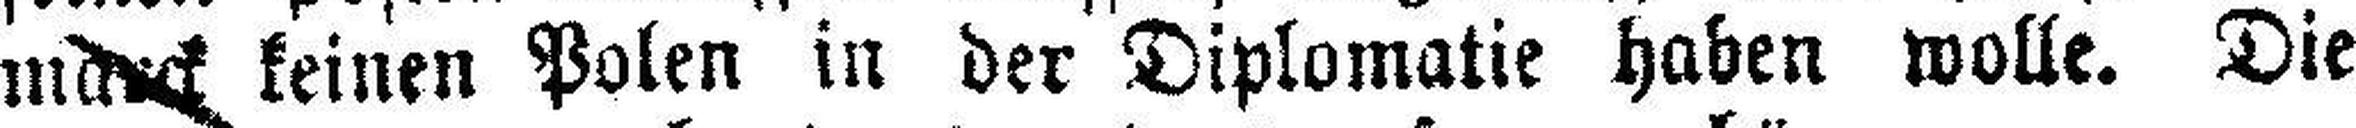
marck keinen Polen in der Diplomatie haben wolle. Die